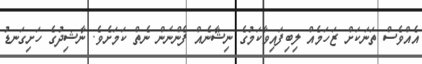
އެއްވެސް ތަނަކަށް ޒަހަމެއް ލިބިފައިވާކަމުގެ ނިޝާނެއް ފެންނަން ނެތް ކަމަށެވެ. ނާޝިދުގެ ހަށިގަނޑު